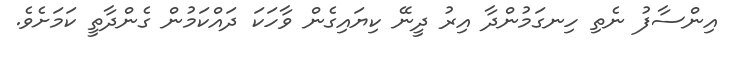
އިންސާފު ނެތި ހިނގަމުންދާ އިރު ދީނޭ ކިޔައިގެން ވާހަކަ ދައްކަމުން ގެންދާތީ ކަމަށެވެ.